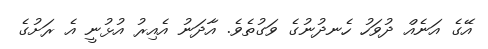
އޭގެ އަނެއް ދުވަހު ހެނދުނުގެ ވަގުތެވެ. އާދަނު އެއިރު އުޅުނީ އެ ރަށުގެ